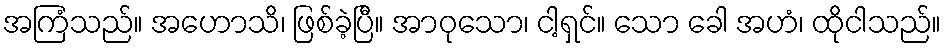
အကြံသည်။ အဟောသိ၊ ဖြစ်ခဲ့ပြီ။ အာဝုသော၊ ငါ့ရှင်။ သော ခေါ အဟံ၊ ထိုငါသည်။